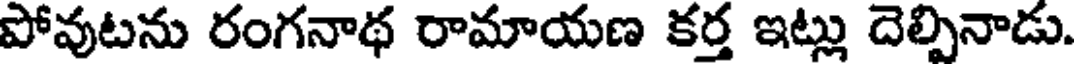
పోవుటను రంగనాథ రామాయణ కర్త ఇట్లు దెల్పినాడు.